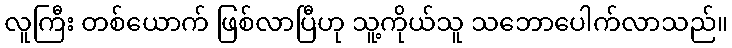
လူကြီး တစ်ယောက် ဖြစ်လာပြီဟု သူ့ကိုယ်သူ သဘောပေါက်လာသည်။